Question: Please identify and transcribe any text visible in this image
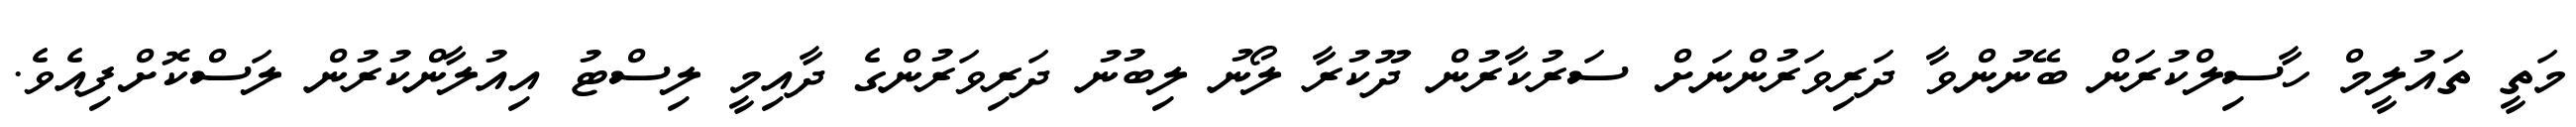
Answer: މަތީ ތައުލީމް ހާސިލްކުރަން ބޭނުންވާ ދަރިވަރުންނަށް ސަރުކާރުން ދޫކުރާ ލޯނު ލިބުނު ދަރިވަރުންގެ ދާއިމީ ލިސްޓު އިއުލާންކުރުން ލަސްކޮށްފިއެވެ.